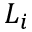
L _ { i }